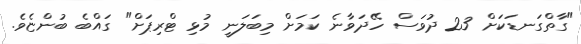
"ގާތްގަނޑަކަށް 23 ދުވަސް ހޭދަވާނެ ކަމަށް މިބަލަނީ މުޅި ޓްރިޕަށް" ގައްބެ ބުންޏެވެ.